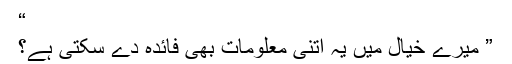
“
” میرے خیال میں یہ اتنی معلومات بھی فائدہ دے سکتی ہے؟